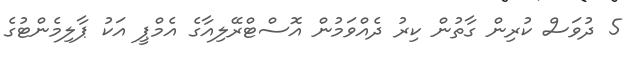
5 ދުވަަސް ކުރިން ގާތުން ކިރު ދެއްވަމުން އޮސްޓްރޭލިއާގެ އެމްޕީ އަކު ޕާލިމެންޓުގެ